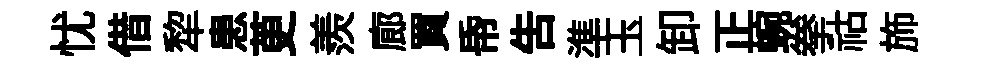
忧借犂患茰羨廊買帋吿準玉卸正蜿拳祜斾